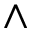
\wedge